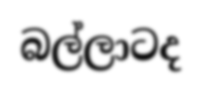
බල්ලාටද